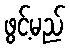
ဖွင့်မည်